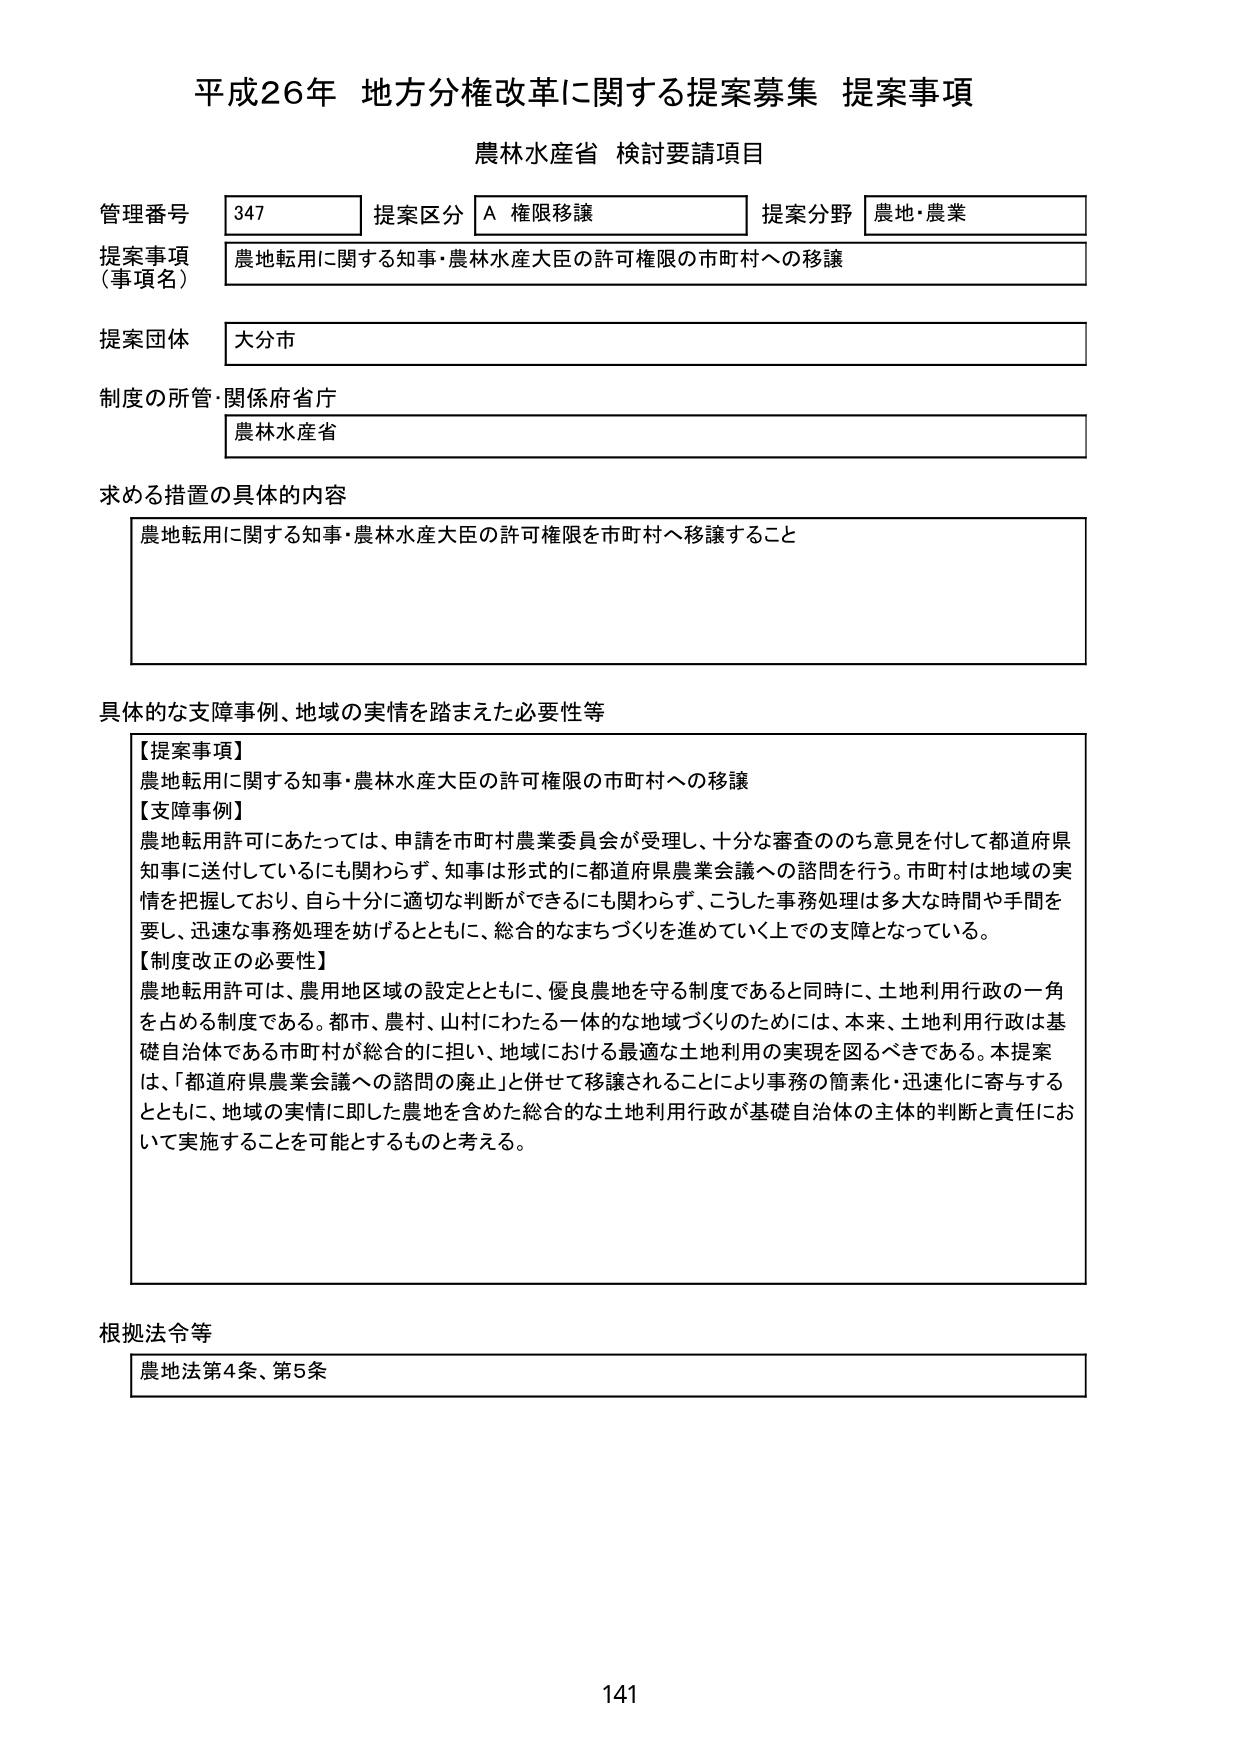
平成26年 地方分権改革に関する提案募集 提案事項
農林水産省 検討要請項目

管理番号 347 提案区分 A 権限移譲 提案分野 農地・農業
提案事項（事項名） 農地転用に関する知事・農林水産大臣の許可権限の市町村への移譲
提案団体 大分市
制度の所管・関係府省庁 農林水産省

求める措置の具体的内容
農地転用に関する知事・農林水産大臣の許可権限を市町村へ移譲すること

具体的な支障事例、地域の実情を踏まえた必要性等
【提案事項】
農地転用に関する知事・農林水産大臣の許可権限の市町村への移譲
【支障事例】
農地転用許可にあたっては、申請を市町村農業委員会が受理し、十分な審査ののち意見を付して都道府県知事に送付しているにも関わらず、知事は形式的に都道府県農業会議への諮問を行う。市町村は地域の実情を把握しており、自ら十分に適切な判断ができるにも関わらず、こうした事務処理は多大な時間や手間を要し、迅速な事務処理を妨げるとともに、総合的なまちづくりを進めていく上での支障となっている。
【制度改正の必要性】
農地転用許可は、農用地区域の設定とともに、優良農地を守る制度であると同時に、土地利用行政の一角を占める制度である。都市、農村、山村にわたる一体的な地域づくりのためには、本来、土地利用行政は基礎自治体である市町村が総合的に担い、地域における最適な土地利用の実現を図るべきである。本提案は、「都道府県農業会議への諮問の廃止」と併せて移譲されることにより事務の簡素化・迅速化に寄与するとともに、地域の実情に即した農地を含めた総合的な土地利用行政が基礎自治体の主体的判断と責任において実施することを可能とするものと考える。

根拠法令等
農地法第4条、第5条

141